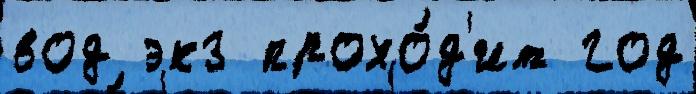
вод экз прохо́д'ит год